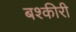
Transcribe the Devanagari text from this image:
बश्कीरी